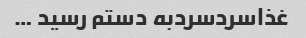
غذاسردسردبه دستم رسید …